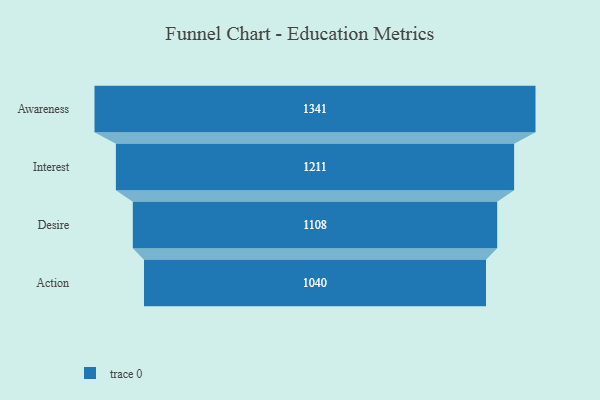
{"axis": {"x": "Stage", "y": "Value"}, "legend": [""], "data": [{"x": "Awareness", "y": 1341.0, "type": ""}, {"x": "Interest", "y": 1211.0, "type": ""}, {"x": "Desire", "y": 1108.0, "type": ""}, {"x": "Action", "y": 1040.0, "type": ""}]}